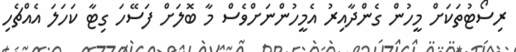
ރިސޯޓުތަކަށް މީހުން ގެންދާއިރު އެމީހުންނަށްވެސް މާ ބޮލަށް ފަސޭހަ ގިޓާ ކަހަލަ އެއްޗެހި